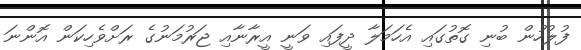
ފުލުހުން ބުނި ގޮތުގައި އެހަމަލާ ދީފައި ވަނީ އީރާނާއި ޖަރުމަނުގެ ރަށްވެހިކަން އޮންނަ